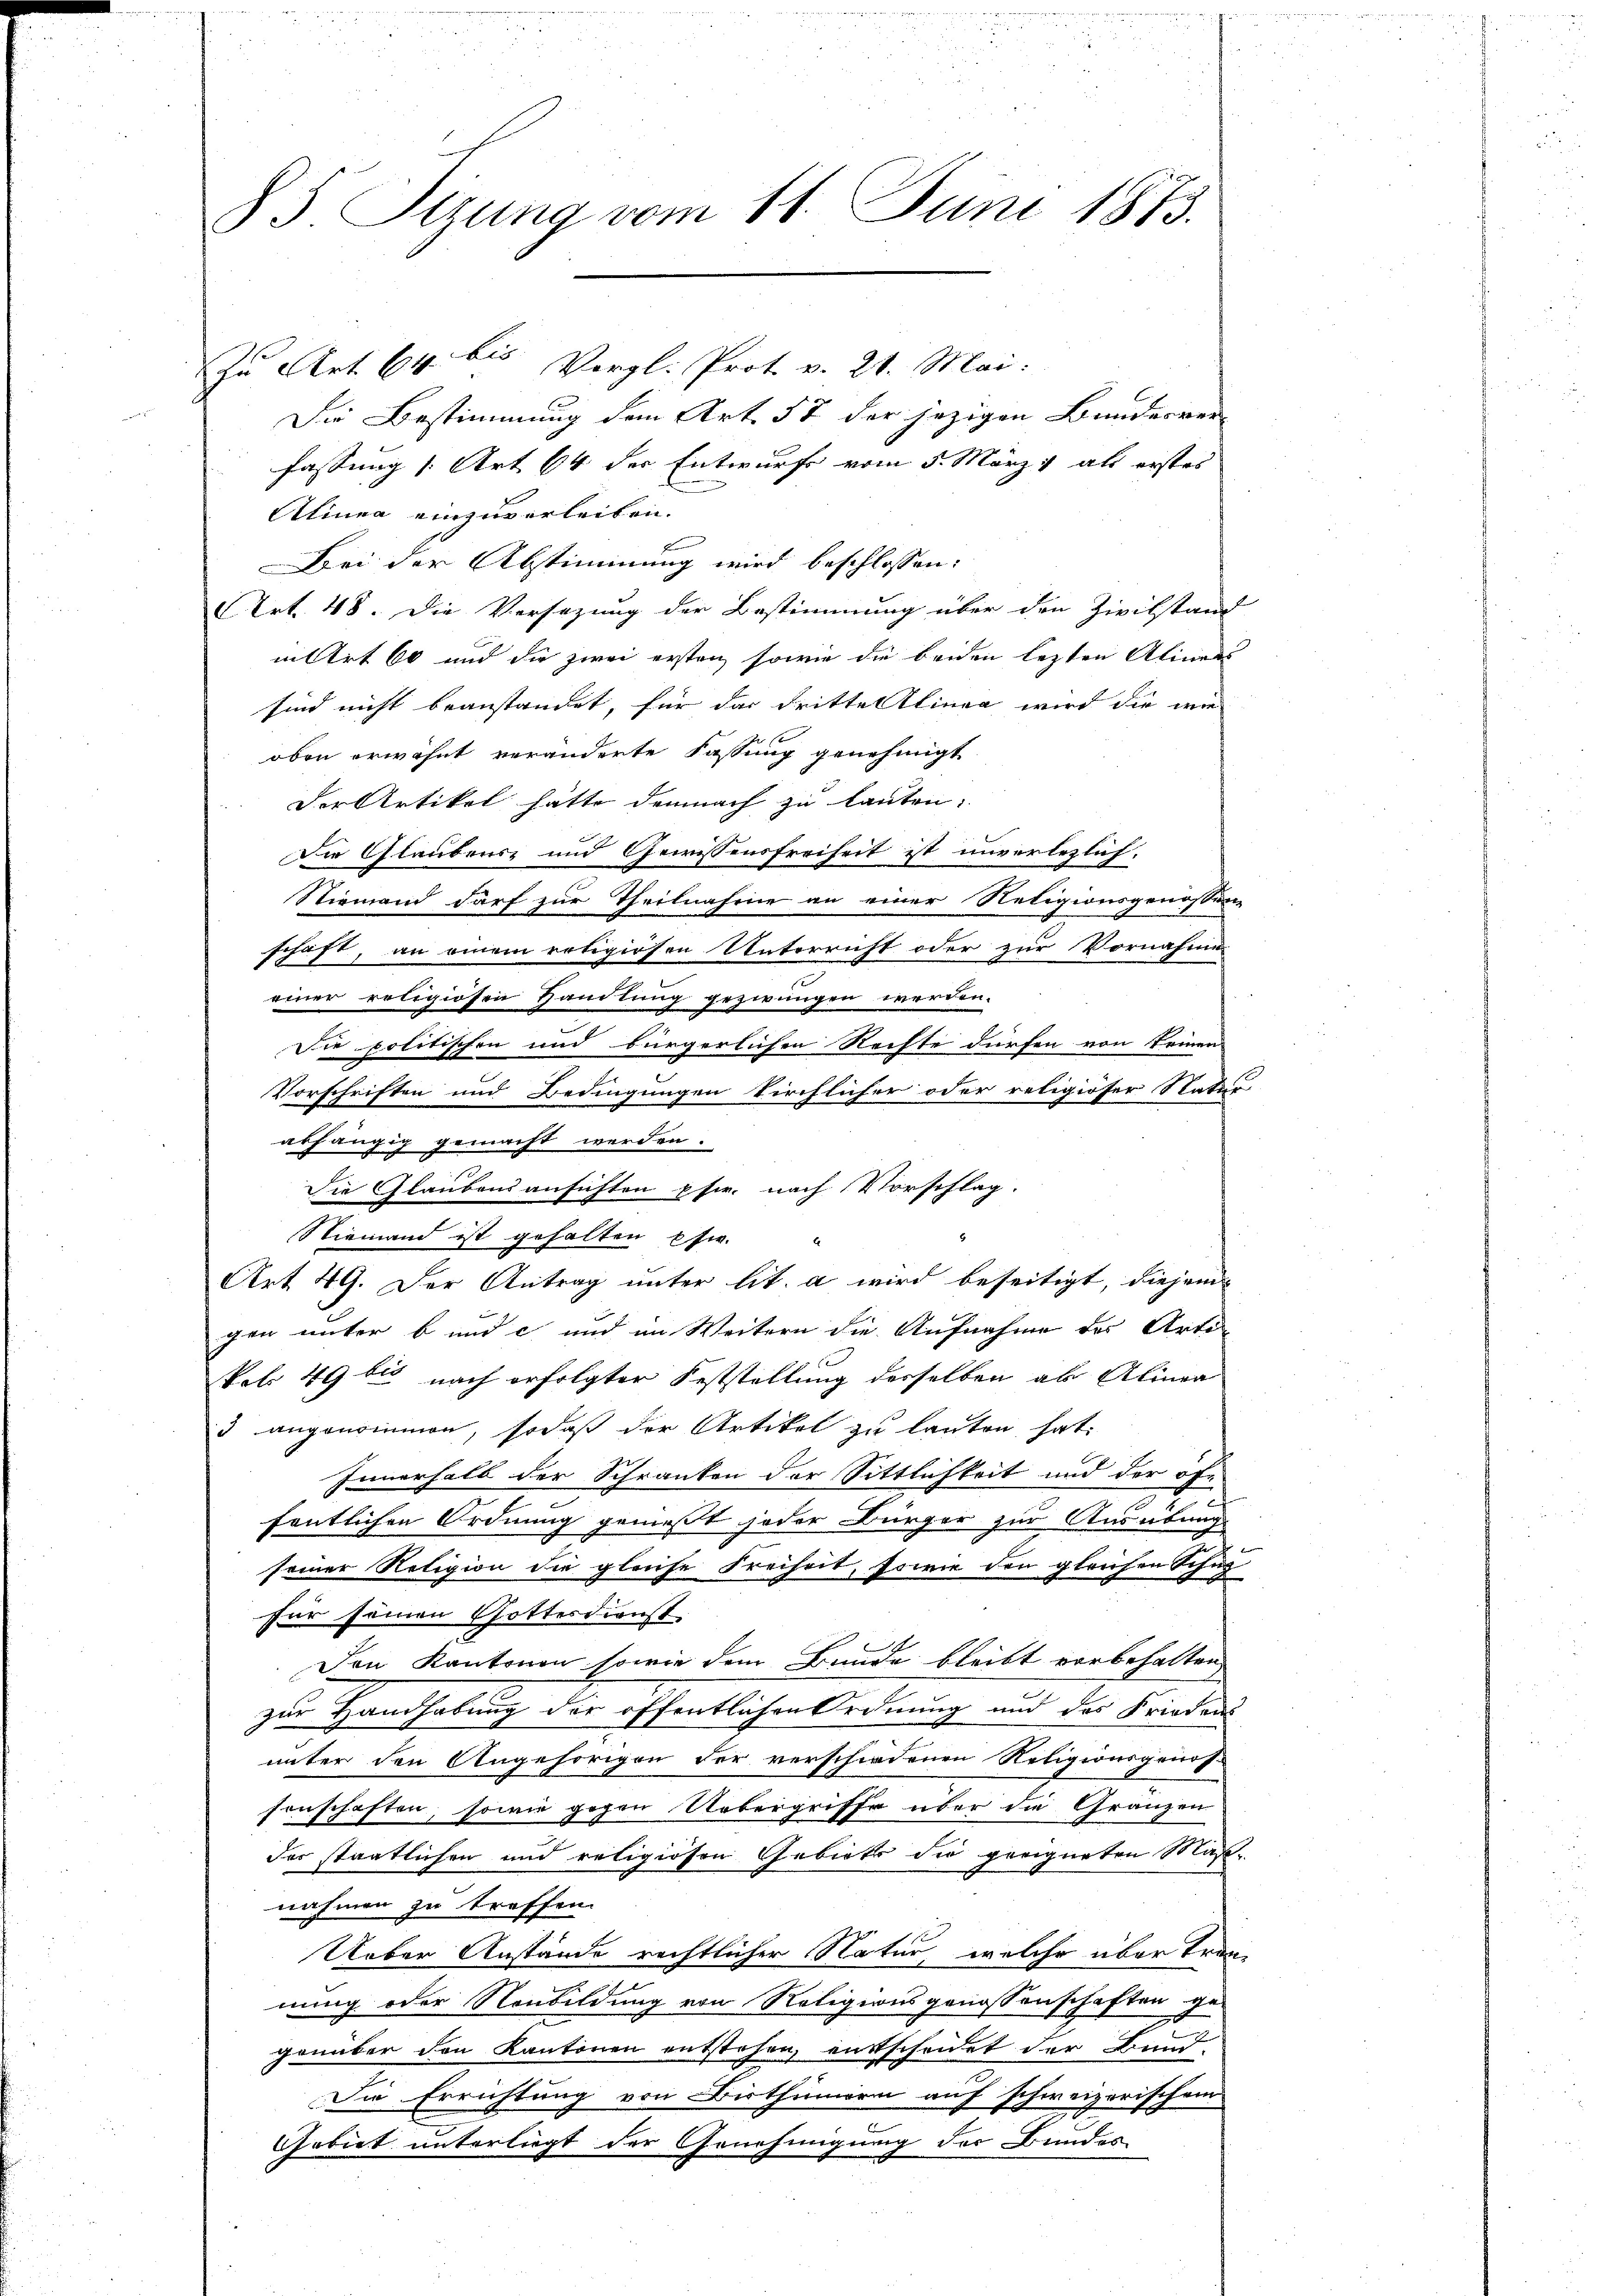
85. Sizung vom 11. Juni 1873.

Zu Art. 64 bis Vergl. Prot. v. 21. Mai.
Die Bestimmung dem Art. 57 der jezigen Bundesver-
fassung 1. Art. 64 der Entwurf vom 5. März, als erstes
Alinea einzuverleiben.
Bei der Abstimmung wird beschlossen:
Art. 48. Die Versezung der Bestimmung über den Zivilstand
nittet 60 und die zwei ersten sowie die beiden letzten Aliners
sind nicht beanstandet, für das dritte Alinea wird die wie
oben erwähnt veränderte Fassung genehmigt
Der Artikel hätte demnach zu lauten:
Die Glaubens- und Gewissensfreiheit ist unverlezlich.
Niemand darf zur Theilnahme an einer Religionsgenossen
schaft, an einem rotigirten Unterricht oder zur Vornahme
einer religiosen Handlung gezwungen werden.
Die politischen und bürgerlichen Rechte dürfen von keinen
Vorschriften und Bedingungen kirchlicher oder religiöser Natur
abhängig gemacht werden.
Die Glaubensansichten pfir. nach Vorschlag.
Niemand ist gehalten usw.
Art. 49. Der Antrag unter lit. a wird beseitigt, diejen
gen unter bunde und in Weitern die Aufnahme des Arti
kol. 49 bis nach erfolgter Feststellung desselben ab Alinea
3 angenommen, sodaß der Artikel zu lauten hat:
Innerhalb der Schranken der Sittlichkeit und der ofe
s
2
fentlichen Ordnung genießt jeder Bürger zur Ausübung
u
seiner Religion die gleiche Freiheit, sowie den gleichen Schu
für seinen Gottesdienst
Den Kantonen sowie dem Bunde bleibt vorbehalten
zur Handhabung der öffentlichen Ordnung und des Friedens
unter den Angehörigen der verschiedenen Religionsgenos-
senschaften, sowie gegen Uebergriffe über die Gränzen
der staatlichen und religiosen Gebiets die geeigneten Maßnahmen zu treffen.
Ueber Anstände rechtlicher Natur, welche über Trannung oder Nonbildung von Religionsgenossenschaften ge-
x
genüber den Kantonen entstehen, entscheidet der Bund-
Die Errichtung von Bisthümern auf schweizerischem
Gebiet unterliegt der Genehmigung des Bundes-